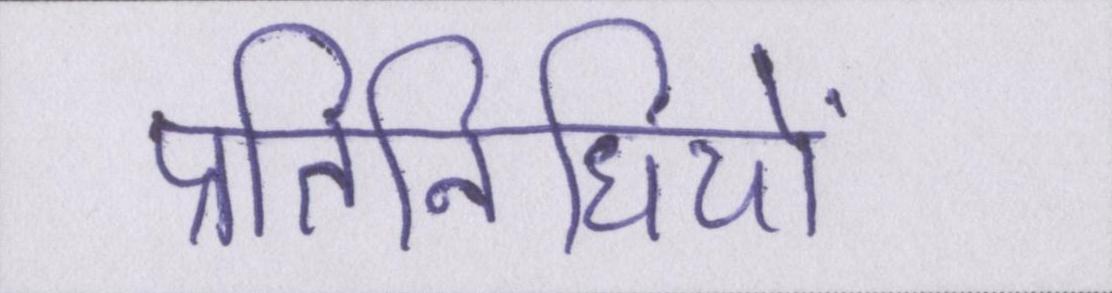
प्रतिनिधियों